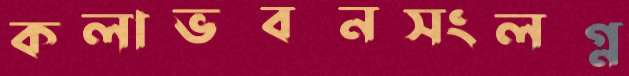
কলাভবনসংলগ্ন